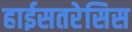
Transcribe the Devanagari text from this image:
हाईसतरेसिस